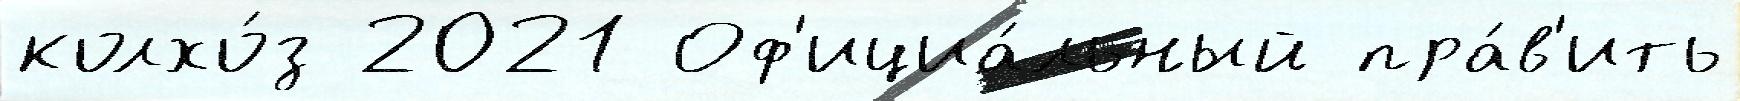
колхо́з 2021 Оф'ициа́льный пра́в'ить